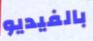
بالفيديو